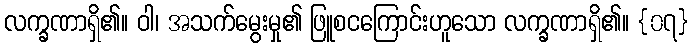
လက္ခဏာရှိ၏။ ဝါ၊ အသက်မွေးမှု၏ ဖြူစငကြောင်းဟူသော လက္ခဏာရှိ၏။ {၀၇}